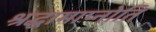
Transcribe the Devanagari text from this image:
श्रद्धामाप्नोति